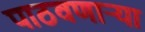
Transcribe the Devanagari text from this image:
पाठवणाऱ्या